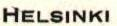
HELSINKI